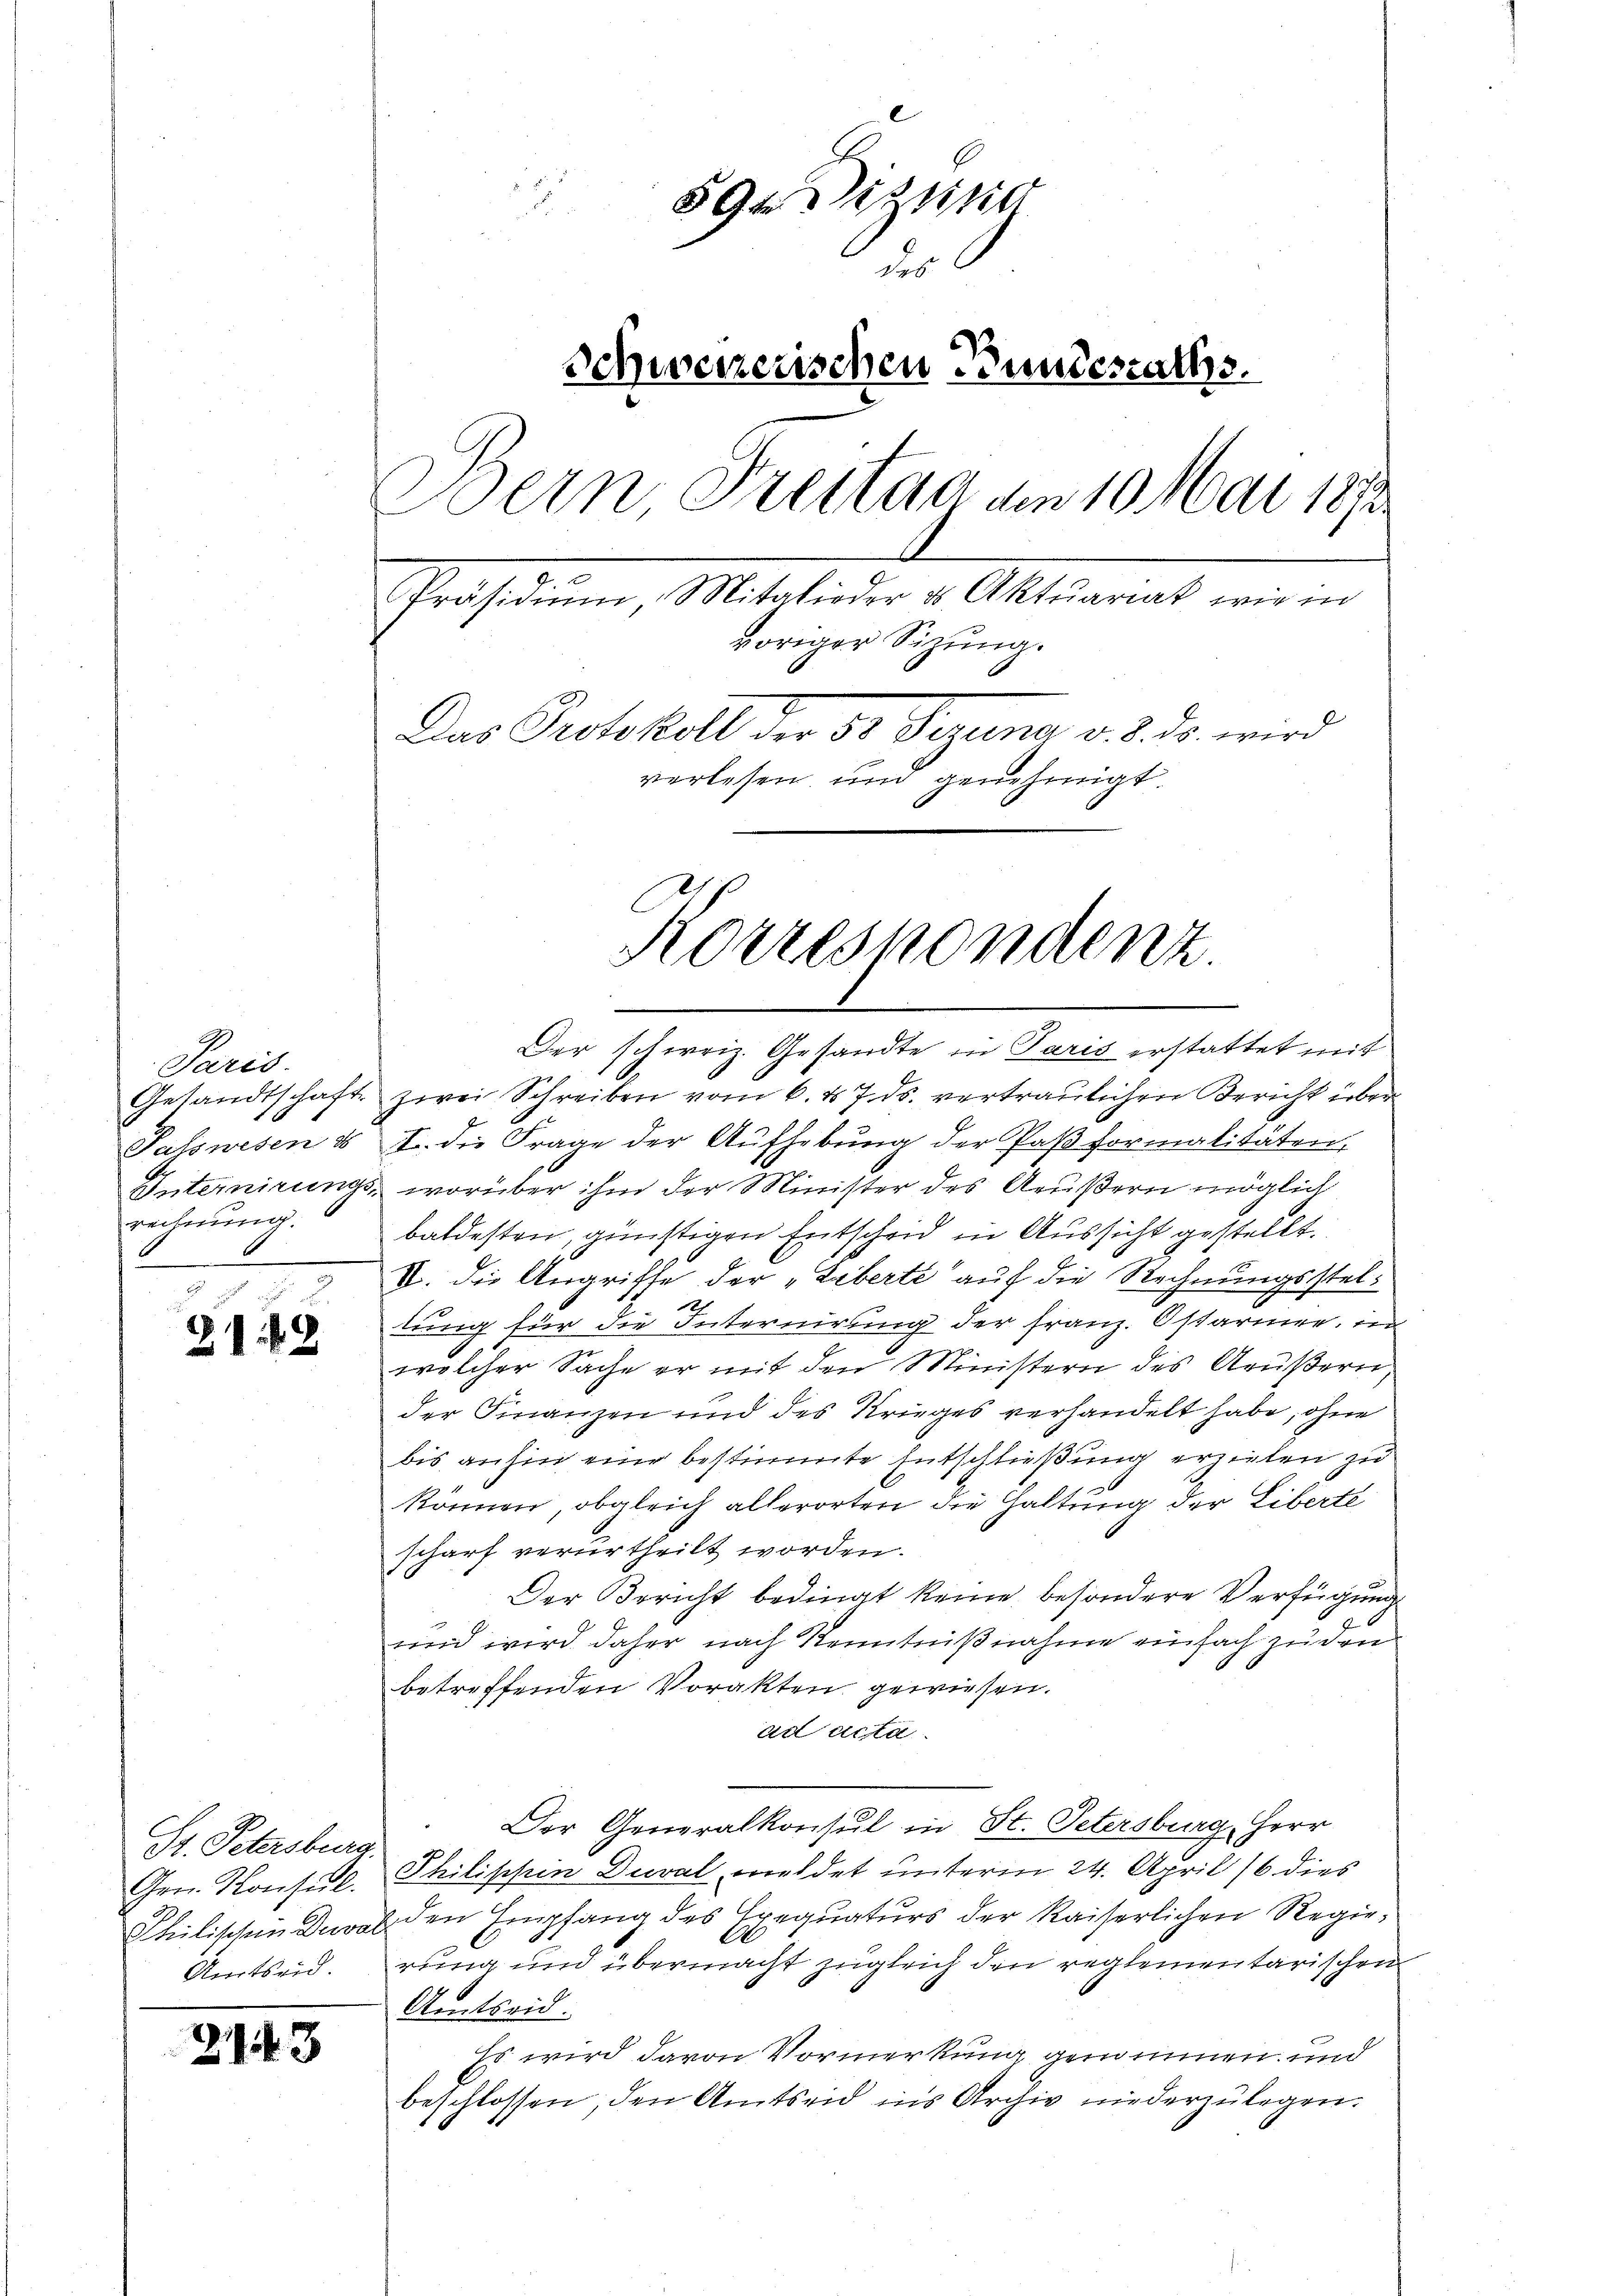
Paris.
rechnung.

i S. 2
2142

Gr. Petersburg.
Amtseid.

243

59esizung
d
des
Schweizerischen Bundesraths.
Bern Freitag den 10 Mai 1872
Präsidiŭm, Mitglieder u. Aktuariat wir in
voriger Sizung.
Das Protokoll der 3t Segung v. 8. ds. wird
verlesen, und genehmigt.
Korrespondenz.

Der schweiz. Gesandte in Paris erstattet mit
Gesandtschafte zwei Schreiben vom 6. d. 7. ds. vertraulichen Bericht über
Patswesen & J. die Frage der Aŭfhebŭng der Paβformalitäten,
Internirungs, worüber ihm der Minister des Aeußern möglich
baldesten, günstigen Entscheid in Aussicht gestellt.
VI. die Angriffe der „Liberte auf die Rechnungsstel¬

tung für die Internirung der Franz. Ostarier, in
welcher Sache er mit den Ministern des Aeußern,
der Finanzen und des Krieges verhandelt habe, ohne
bis anhin eine bestimmte Entschließung erzielen zu
können, obgleich allerorten die Haltung der Liberte
scharf verurtheilt worden.
.
Der Bericht bedingt keine besondere Verfügung
J
und wird daher nach Kenntnißnahme einfach zu den
betreffenden Vorakten gewiesen.
ad acta.
Der Generalkonsul in St. Petersburg, Herr
Gen. Konsil. Philischein Duval, meldet unterm 24. April 16. dies
Philischen Dawalden Empfang des Erequaturs der kaiserlichen Regie¬
A
rung und übermacht zugleich den reglementarischen
Amtseid.
Es wird davon Vormerkung genommen und
beschlossen, den Amtseid ins Archiv niederzulegen.